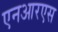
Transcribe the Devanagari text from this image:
एनआरएस